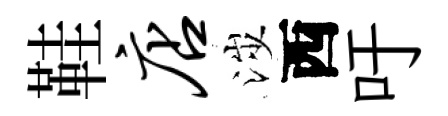
鞋店涉西吁